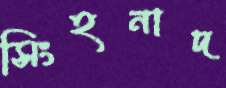
সিংহনাদ